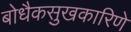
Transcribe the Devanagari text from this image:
बोधैकसुखकारिणे